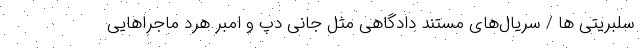
سلبریتی ها / سریال‌های مستند دادگاهی مثل جانی دپ و امبر هرد ماجراهایی